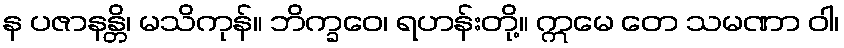
န ပဇာနန္တိ၊ မသိကုန်။ ဘိက္ခဝေ၊ ရဟန်းတို့။ ဣမေ တေ သမဏာ ဝါ၊